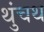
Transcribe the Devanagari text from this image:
थुंचथ